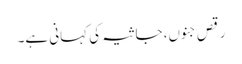
رقصِ جنوں، جاثیہ کی کہانی ہے۔